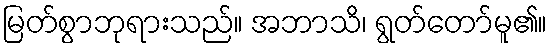
မြတ်စွာဘုရားသည်။ အဘာသိ၊ ရွတ်တော်မူ၏။